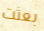
بعثت